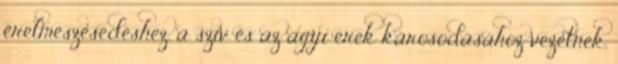
érelmeszesedéshez, a szív és az agyi erek károsodásához vezetnek.